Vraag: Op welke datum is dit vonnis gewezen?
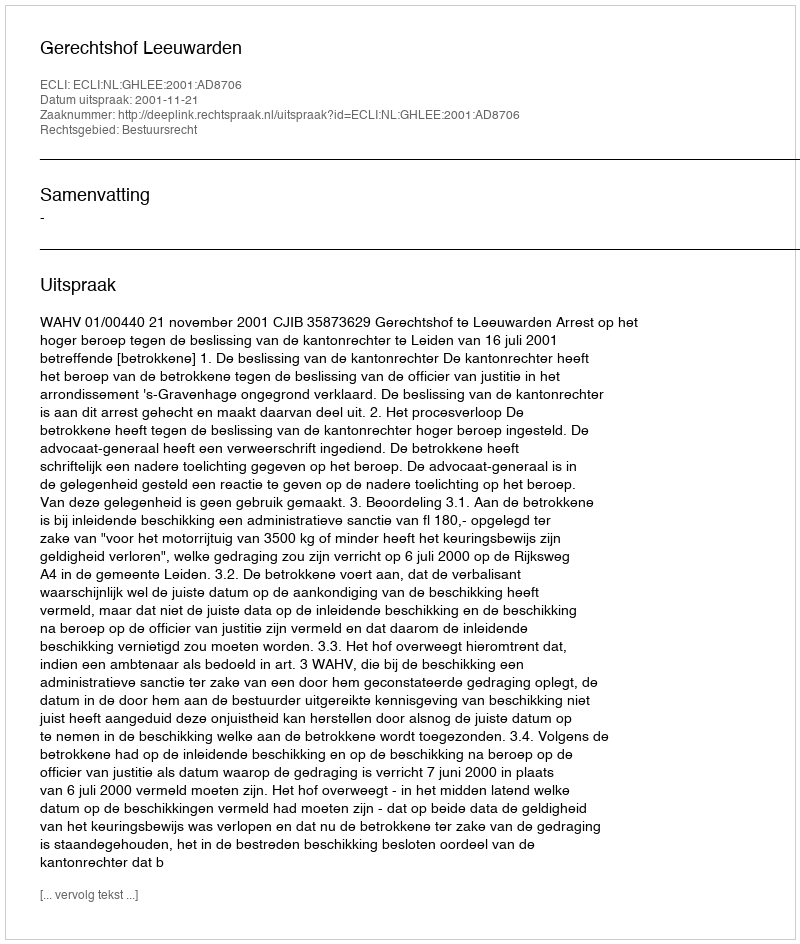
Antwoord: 2001-11-21